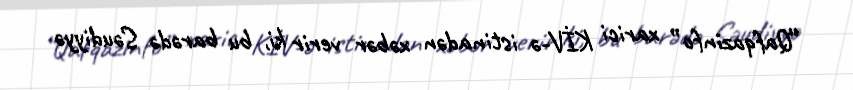
“Qafqazinfo” xarici KİV-ə istinadən xəbər verir ki, bu barədə Səudiyyə